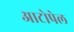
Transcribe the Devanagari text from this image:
आटोपेल